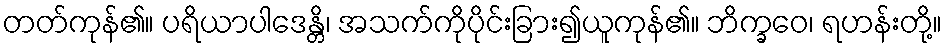
တတ်ကုန်၏။ ပရိယာပါဒေန္တိ၊ အသက်ကိုပိုင်းခြား၍ယူကုန်၏။ ဘိက္ခဝေ၊ ရဟန်းတို့။